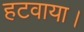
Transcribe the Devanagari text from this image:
हटवाया।